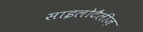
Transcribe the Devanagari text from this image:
साइलोटैलीज़